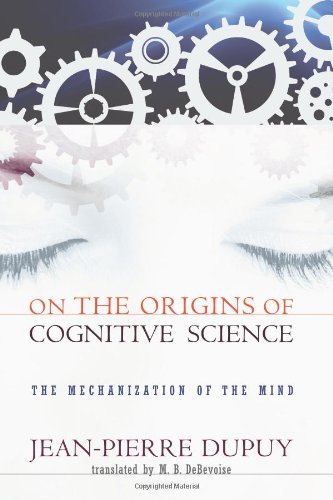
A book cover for On the Origins of Cognitive Science: The Mechanization of the Mind; Jean-Pierre Dupuy; Computers & Technology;